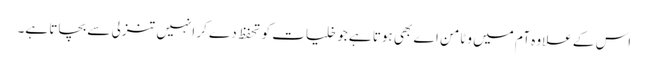
اس کے علاوہ آم میں وٹامن اے بھی ہوتا ہے جو خلیات کو تحفظ دے کر انہیں تنزلی سے بچاتا ہے۔